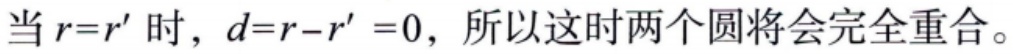
当 \(r = r'\) 时，\(d = r - r' = 0\)，所以这时两个圆将会完全重合。